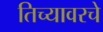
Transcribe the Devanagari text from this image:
तिच्यावरचे